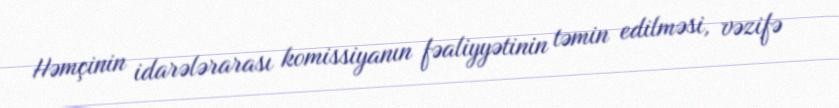
Həmçinin idarələrarası komissiyanın fəaliyyətinin təmin edilməsi, vəzifə